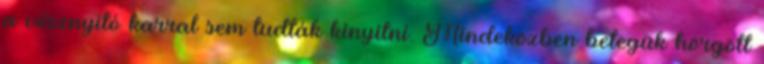
a vésznyitó karral sem tudták kinyitni. Mindeközben betegük hörgött